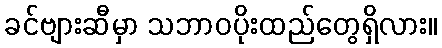
ခင်ဗျားဆီမှာ သဘာဝပိုးထည်တွေရှိလား။